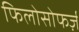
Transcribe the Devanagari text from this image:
फिलोसोफर्ज़